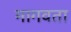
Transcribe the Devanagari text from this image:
मागवता